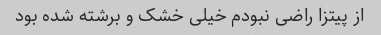
از پیتزا راضی نبودم خیلی خشک و برشته شده بود